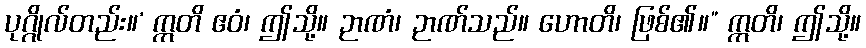
ပုဂ္ဂိုလ်တည်း။’ ဣတိ ဧဝံ၊ ဤသို့။ ဉာဏံ၊ ဉာဏ်သည်။ ဟောတိ၊ ဖြစ်၏။” ဣတိ၊ ဤသို့။